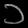
Digit: ၁